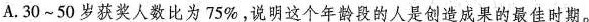
A.30~50岁获奖人数比为75%，说明这个年龄段的人是创造成果的最佳时期。